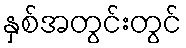
နှစ်အတွင်းတွင်